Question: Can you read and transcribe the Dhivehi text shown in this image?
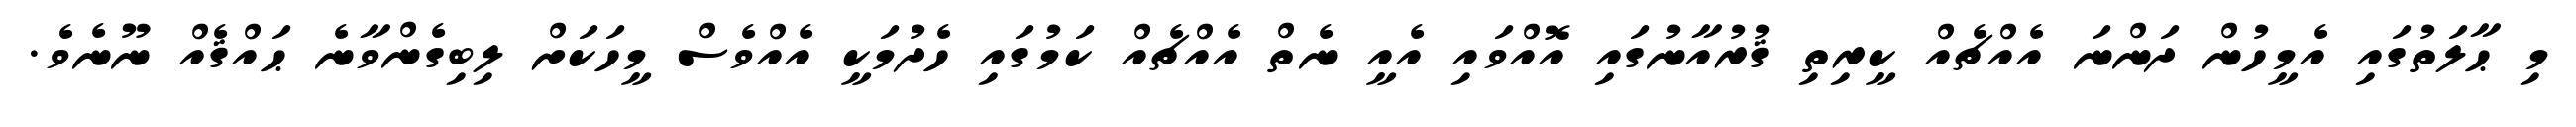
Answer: މި ޙާލަތުގައި އެމީހުން ދަންނަ އެއްޗެއް ކީރިތި ޤުރުއާނުގައި އޮއްވައި އެއީ ނެތް އެއްޗެއް ކަމުގައި ހެދުމަކީ އެއްވެސް މީހަކަށް ލިބިގެންވާނެ ޙައްޤެއް ނޫނެވެ.